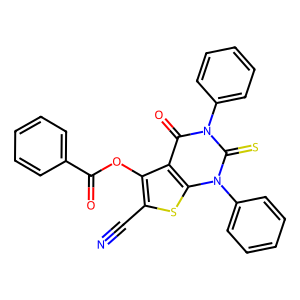
SMILES: N#Cc1sc2c(c1OC(=O)c1ccccc1)c(=O)n(-c1ccccc1)c(=S)n2-c1ccccc1
Inhibits HIV replication: No